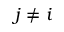
j \neq i